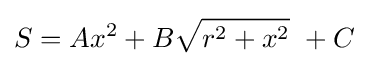
S=Ax^{2}+B{\sqrt {r^{2}+x^{2}}}\ +C